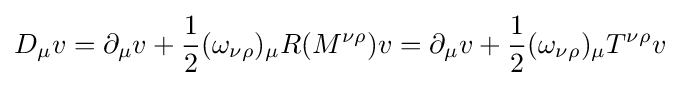
D_{\mu }v=\partial _{\mu }v+{\frac {1}{2}}(\omega _{\nu \rho })_{\mu }R(M^{\nu \rho })v=\partial _{\mu }v+{\frac {1}{2}}(\omega _{\nu \rho })_{\mu }T^{\nu \rho }v